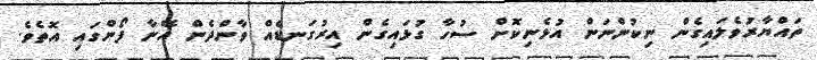
ތައްޔާރުވެލައިގެން ނިކުންނަން އުޅެނިކޮށް ސުހާ ގުޅައިގެން އިރުގަނޑެއް ވާންދެން އޭނާ ފޯންގައި އޮތެވެ.